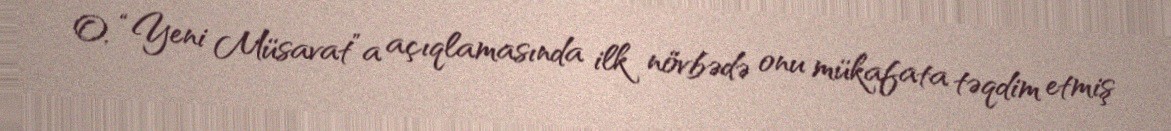
O, “Yeni Müsavat”a açıqlamasında ilk növbədə onu mükafata təqdim etmiş